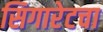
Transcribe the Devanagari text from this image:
सिगारेटचा